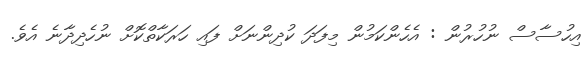
އިހުސާސް ނުހުރުން : އެހެންކަމުން މިފަދަ ކުދިންނަށް ފައި ހަރަކާތްކޮށް ނުހެދިދާނެ އެވެ.